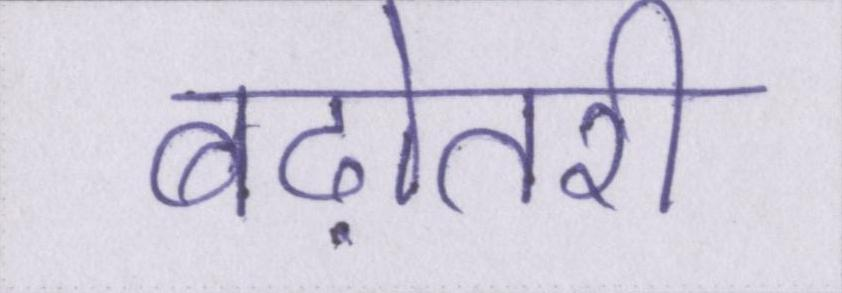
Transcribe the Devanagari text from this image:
बढ़ोतरी